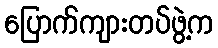
ပြောက်ကျားတပ်ဖွဲ့က